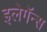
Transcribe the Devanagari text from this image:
इलेगॅन्स